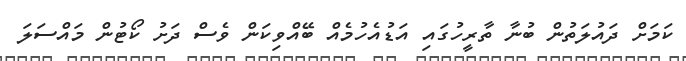
ކަމަށް ދައުލަތުން ބުނާ ތާރީހުގައި އަޑުއެހުމެއް ބޭއްވިކަން ވެސް ދަށު ކޯޓުން މައްސަލަ